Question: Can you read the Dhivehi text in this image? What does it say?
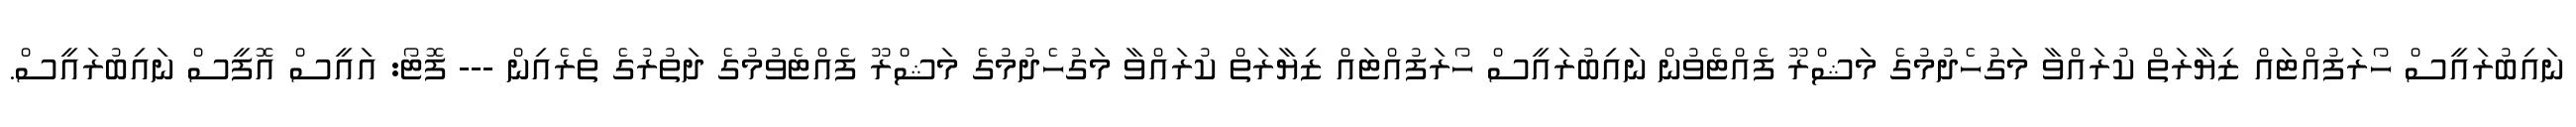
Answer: ނައިބުރައީސް ހޯރަފުއްޓައް ޒިޔާރަތް ކުރައްވާ މަގުހެދުމުގެ މަޝްރޫ ފެއްޓެވުން ނައިބުރައީސް ހޯރަފުއްޓައް ޒިޔާރަތް ކުރައްވާ މަގުހެދުމުގެ މަޝްރޫ ފެއްޓެވުމުގެ ދަތުރުގެ ތެރެއިން --- ފޮޓޯ: އައީސް އޮފީސް ނައިބުރައީސް.